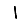
Digit: 1